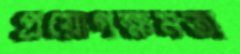
প্রয়োগক্ষমতা